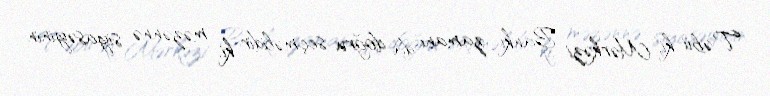
Təbii ki, Mərkəzi Bankı zamanı da doğru seçməlidir ki, məzənnə siyasəyinin